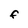
Character: F